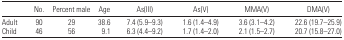
<table><thead><tr><td></td><td><b>No.</b></td><td><b>Percent male</b></td><td><b>Age</b></td><td><b>As(III)</b></td><td><b>As(V)</b></td><td><b>MMA(V)</b></td><td><b>DMA(V)</b></td></tr></thead><tbody><tr><td>Adult</td><td>90</td><td>29</td><td>38.6</td><td>7.4 (5.9–9.3)</td><td>1.6 (1.4–4.9)</td><td>3.6 (3.1–4.2)</td><td>22.6 (19.7–25.9)</td></tr><tr><td>Child</td><td>46</td><td>56</td><td>9.1</td><td>6.3 (4.4–9.2)</td><td>1.7 (1.4–2.0)</td><td>2.1 (1.5–2.7)</td><td>20.7 (15.8–27.0)</td></tr></tbody></table>